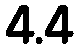
4.4